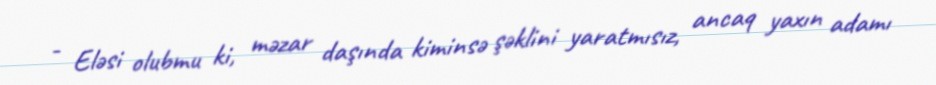
- Eləsi olubmu ki, məzar daşında kiminsə şəklini yaratmısız, ancaq yaxın adamı